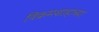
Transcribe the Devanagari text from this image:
विक्रमशाहाच्या